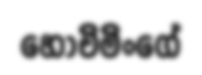
හොචිමිංගේ